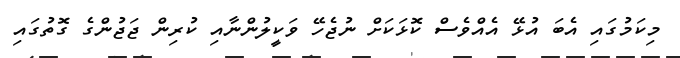
މިކަމުގައި އެބަ އުޅޭ އެއްވެސް ކޮޅަކަށް ނުޖެހޭ ވަކީލުންނާއި ކުރިން ޖަޖުންގެ ގޮތުގައި